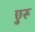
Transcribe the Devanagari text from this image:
छुरू